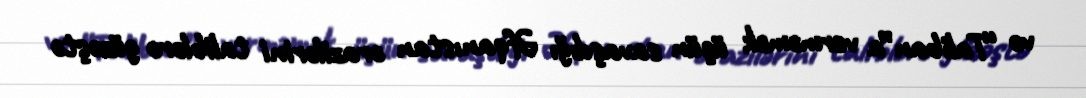
və “Taliban”a verməmək üçün savaşdığı Əfqanıstan ərazilərini taliblərə güzəştə